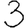
Digit: 3